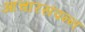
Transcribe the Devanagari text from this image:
आचारसंपन्‍न